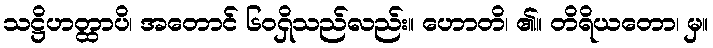
သဋ္ဌိဟတ္ထာပိ၊ အတောင် ၆၀၇ှိသည်လည်း။ ဟောတိ၊ ၏။ တိရိယတော၊ မှ။